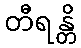
တီရန္တိ